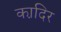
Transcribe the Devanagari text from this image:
का़दिर